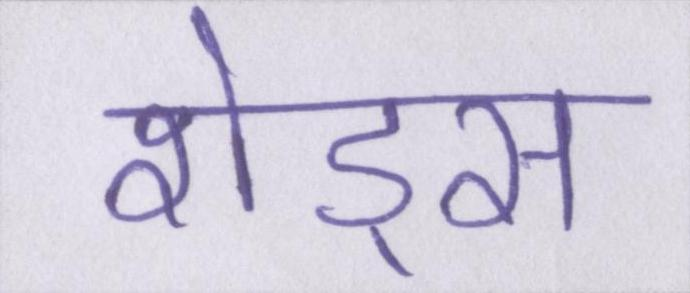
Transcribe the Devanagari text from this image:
शेड्स